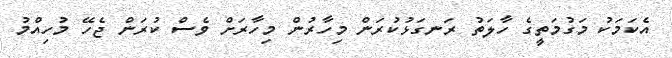
އެކަމަކު މަގުމަތީގެ ހާލަތު ރަނގަޅުކުރަން މިހާރުން މިހާރަށް ވެސް ކުރަން ޖެހޭ މުހިއްމު